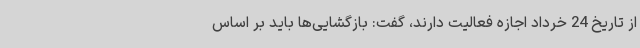
از تاریخ 24 خرداد اجازه فعالیت دارند، گفت: بازگشایی‌ها باید بر اساس